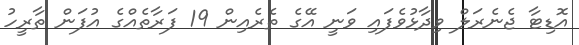
އޮޑިޓާ ޖެނެރަލް ވިދާޅުވެފައި ވަނީ އޭގެ ތެރެއިން 19 ފަރާތެއްގެ އުފަން ތާރީހު